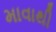
માવાથી